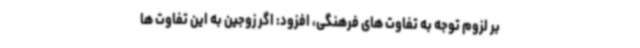
بر لزوم توجه به تفاوت های فرهنگی، افزود: اگر زوجین به این تفاوت ها